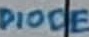
Text: DIODE